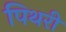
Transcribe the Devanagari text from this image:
पिथरी